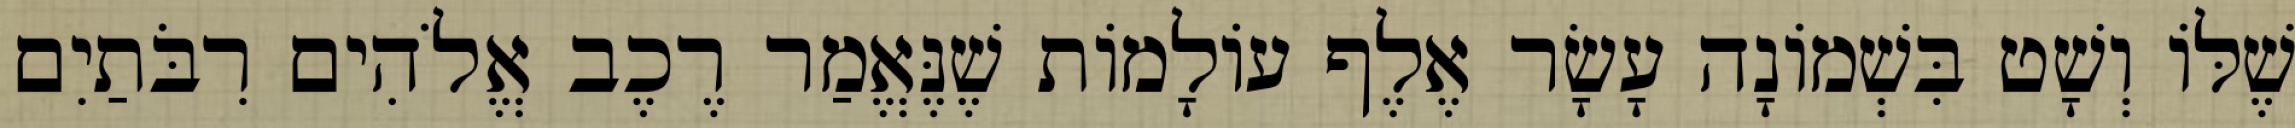
שֶׁלּוֹ וְשָׁט בִּשְׁמוֹנָה עָשָׂר אֶלֶף עוֹלָמוֹת שֶׁנֶּאֱמַר רֶכֶב אֱלֹהִים רִבֹּתַיִם